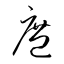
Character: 庶